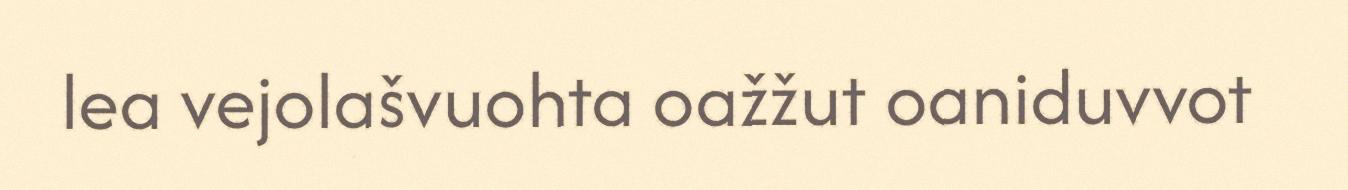
lea vejolašvuohta oažžut oaniduvvot